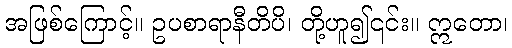
အဖြစ်ကြောင့်။ ဥပစာရာနီတိပိ၊ တို့ဟူ၍၎င်း။ ဣတော၊